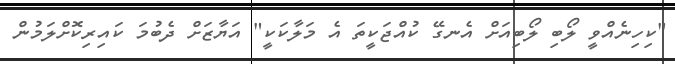
"ކިހިނެއްވީ ލޯބި ލޯބިއަށް އެނގޭ ކުއްޖަކީތަ އެ މަލާކަކީ" އަޔާޒަށް ދެބުމަ ކައިރިކޮށްލަމުން